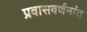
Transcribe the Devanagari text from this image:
प्रवासवर्णनांत